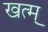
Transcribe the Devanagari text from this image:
खत्म्